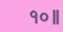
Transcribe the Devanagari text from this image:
१०॥